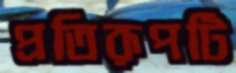
প্রতিরূপটি